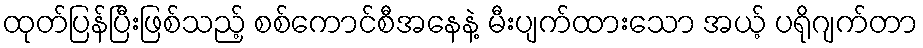
ထုတ်ပြန်ပြီးဖြစ်သည့် စစ်ကောင်စီအနေနဲ့ မီးပျက်ထားသော အယ့် ပရိုဂျက်တာ